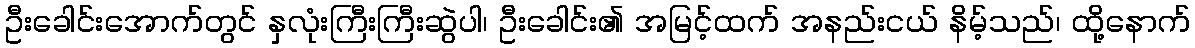
ဦးခေါင်းအောက်တွင် နှလုံးကြီးကြီးဆွဲပါ၊ ဦးခေါင်း၏ အမြင့်ထက် အနည်းငယ် နိမ့်သည်၊ ထို့နောက်